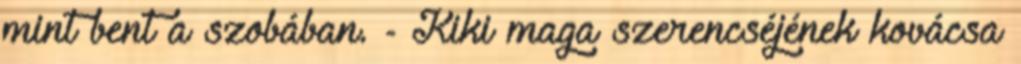
mint bent a szobában. - Kiki maga szerencséjének kovácsa